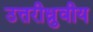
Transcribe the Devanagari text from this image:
उत्तरीध्रुवीय